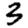
Digit: 3